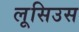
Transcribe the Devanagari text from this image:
लूसिउस